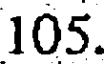
105.